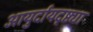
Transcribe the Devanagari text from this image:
आयुर्दायदृष्ट्या